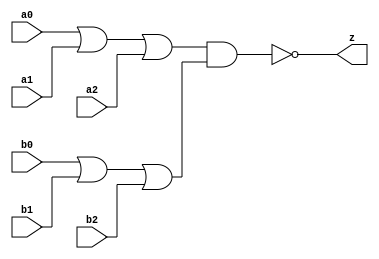
//#############################################################################
//# Function: Or-And-Inverter (oai33) Gate                                    #
//# Copyright: Lambda Project Authors. All rights Reserved.                   #
//# License:  MIT (see LICENSE file in Lambda repository)                     #
//#############################################################################

module la_oai33 #(
    parameter PROP = "DEFAULT"
) (
    input  a0,
    input  a1,
    input  a2,
    input  b0,
    input  b1,
    input  b2,
    output z
);

    assign z = ~((a0 | a1 | a2) & (b0 | b1 | b2));

endmodule